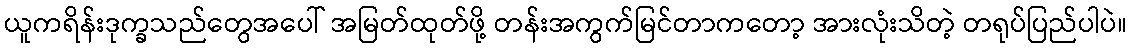
ယူကရိန်းဒုက္ခသည်တွေအပေါ် အမြတ်ထုတ်ဖို့ တန်းအကွက်မြင်တာကတော့ အားလုံးသိတဲ့ တရုပ်ပြည်ပါပဲ။